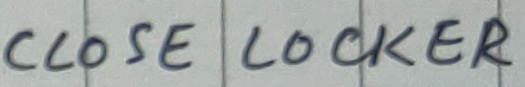
Text: CLOSE LOCKER